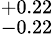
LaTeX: ^{+0.22}_{-0.22}